Civil Veterinary Dept. Bombay admin report 1932-41 - 1932-1941
Year: 1932
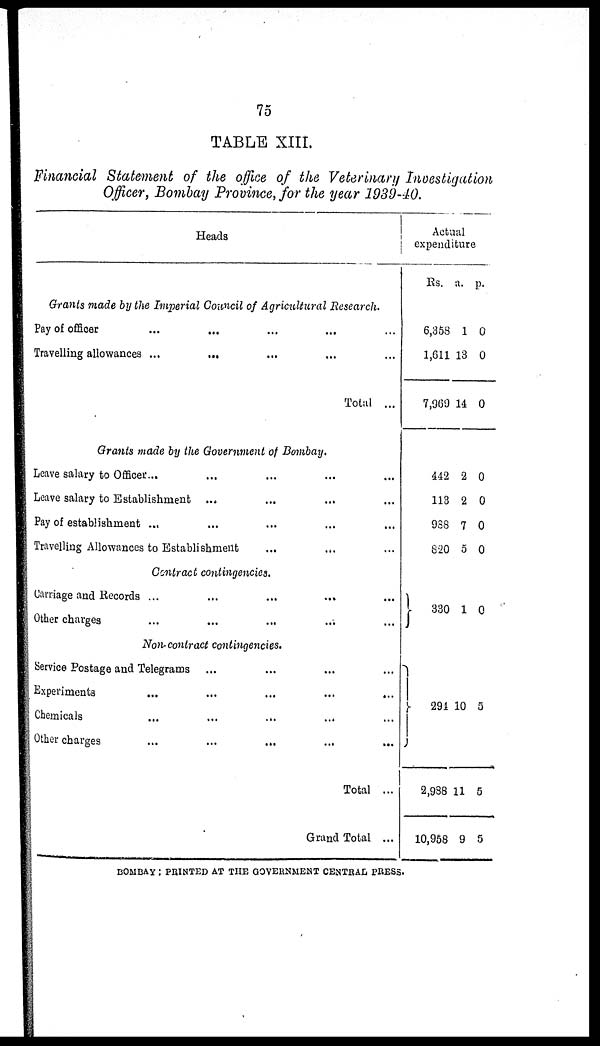
75
TABLE XIII.
Financial Statement of the office of the Veterinary Investigation
Officer, Bombay Province, for the year 1939-40.
Heads
Grants made by the Imperial Council of Agricultural Research.
Pay of officer
...
...
...
...
Travelling allowances ...
...
...
Total ...
Grants made by the Government of Bombay.
Leave salary to Officer ... ... ... ...
Leave salary to Establishment ... .. ...
Pay of establishment ... ... ...
Travelling Allowances to Establishment
Contract contingencies.
Carriage and Records ... ... ... ...
Other charges
Non-contract contingencies.
Service Postage and Telegrams ...
Experiments
...
...
...
...
...
Chemicals
...
...
...
...
Other charges
...
...
...
...
...
Total ...
Grand Total ...
Actual
expenditure
Rs.
6,358
1,611
7,969
442
113
988
820
330
294
2,988
10,958
a.
1
13
14
2
2
7
5
1
10
11
9
p.
0
0
0
0
0
0
0
0
5
5
5
BOMBAY : PRINTED AT THE GOVERNMENT CENTRAL PRESS.